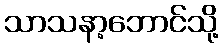
သာသနာ့ဘောင်သို့